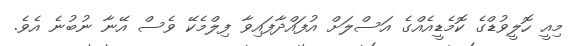
މިއީ ހޮލީވުޑްގެ ކޮމެޑީއެއްގެ އަސްލަށް އުފައްދާފައިވާ ފިލްމެކޭ ވެސް އޭނާ ނުބުނެ އެވެ.